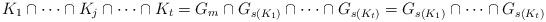
LaTeX: \begin{align*}K_1\cap\dotsb\cap K_j\cap\dotsb\cap K_t=G_m\cap G_{s(K_1)}\cap\dotsb\cap G_{s(K_t)}=G_{s(K_1)}\cap\dotsb\cap G_{s(K_t)}\end{align*}